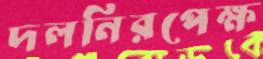
দলনিরপেক্ষ